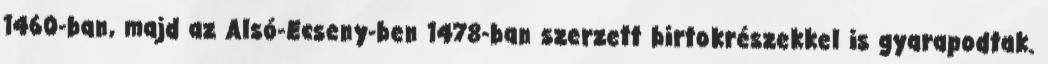
1460-ban, majd az Alsó-Ecseny-ben 1478-ban szerzett birtokrészekkel is gyarapodtak.